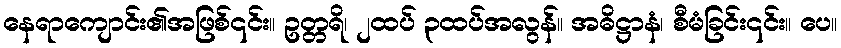
နေရာကျောင်း၏အဖြစ်၎င်း။ ဥတ္တရိ၊ ၂ထပ် ၃ထပ်အလွန်။ အဓိဋ္ဌာနံ၊ စီမံခြင်း၎င်း။ ပေ။